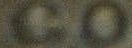
CO